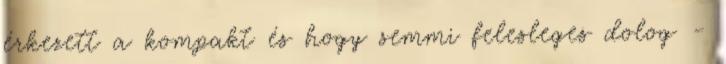
érkezett a kompakt és hogy semmi felesleges dolog -